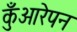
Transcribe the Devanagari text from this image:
कुँआरेपन